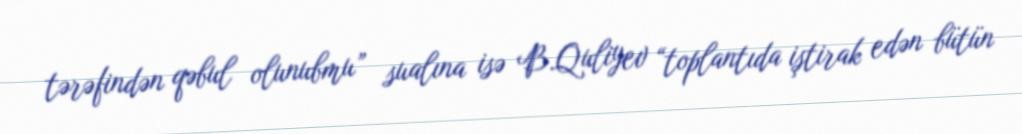
tərəfindən qəbul olunubmu” sualına isə B.Quliyev “toplantıda iştirak edən bütün